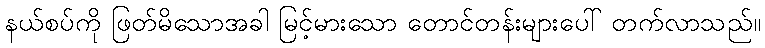
နယ်စပ်ကို ဖြတ်မိသောအခါ မြင့်မားသော တောင်တန်းများပေါ် တက်လာသည်။